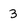
Character: 3